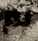
لم